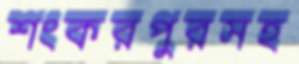
শংকরপুরসহ